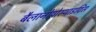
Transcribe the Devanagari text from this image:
बैलानोपोस्थाइटिस